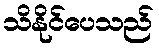
သိနိုင်ပေသည်